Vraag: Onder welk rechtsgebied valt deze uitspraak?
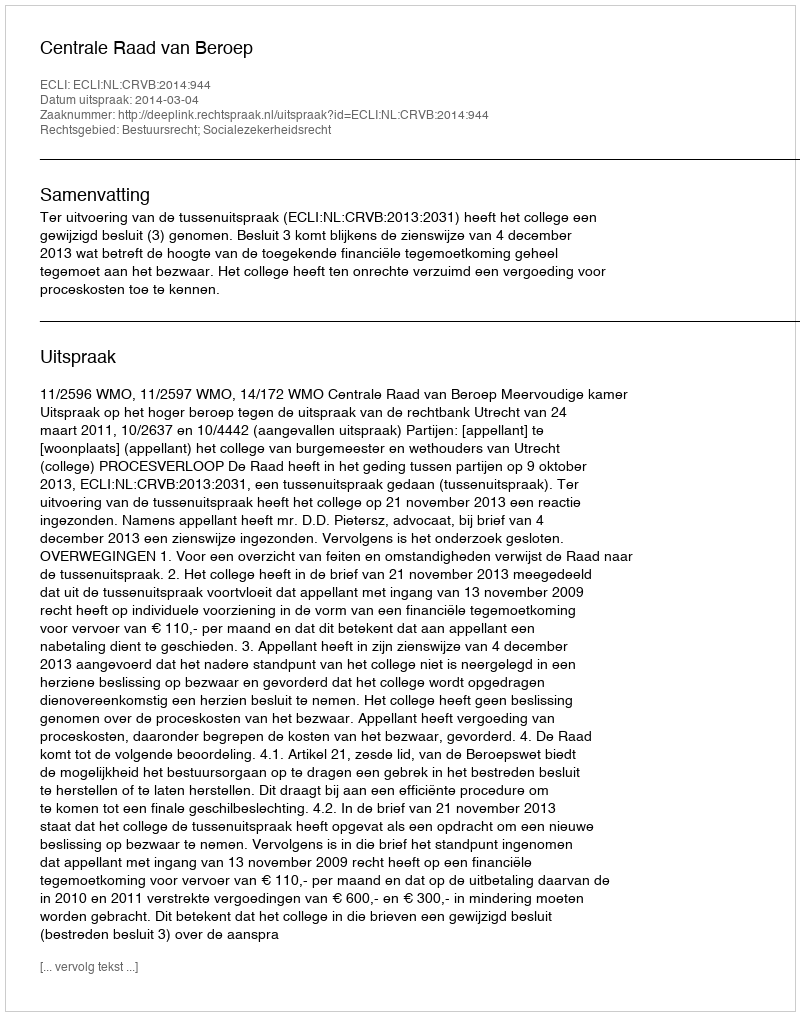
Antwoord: Bestuursrecht; Socialezekerheidsrecht